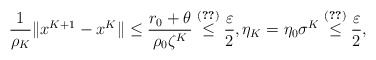
\begin{align*}\frac{1}{\rho_K}\|x^{K+1}-x^K\| \leq \frac{r_0+\theta}{\rho_0\zeta^K} \overset{\eqref{K-sp}}{\leq} \frac{\varepsilon}{2}, \eta_K=\eta_0\sigma^K\overset{\eqref{K-sp}}{\leq}\frac{\varepsilon}{2},\end{align*}